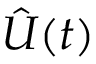
{ \hat { U } } ( t )